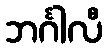
ဘင်္ဂါလီ